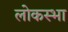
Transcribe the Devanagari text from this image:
लोकस्भा